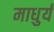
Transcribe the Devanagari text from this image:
माधुर्यं